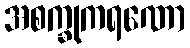
အစက္ခုကရဏော